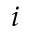
i